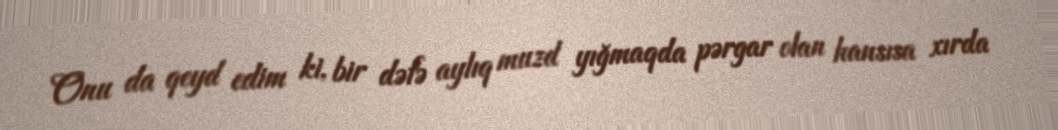
Onu da qeyd edim ki, bir dəfə aylıq muzd yığmaqda pərgar olan hansısa xırda